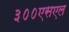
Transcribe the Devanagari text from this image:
३००एसएल